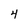
Character: 4